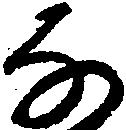
な